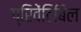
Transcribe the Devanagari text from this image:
प्रिवेंटिबिल